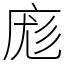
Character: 庬